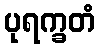
ပုရက္ခတံ